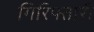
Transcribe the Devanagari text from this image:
गिरिफ्तारी